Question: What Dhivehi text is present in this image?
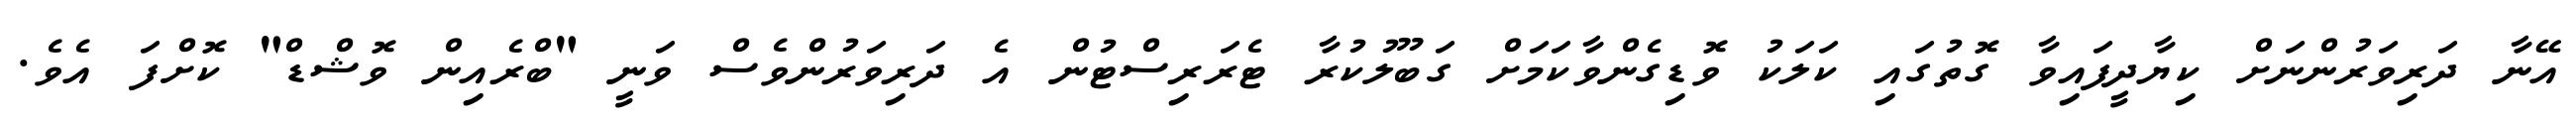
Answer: އޭނާ ދަރިވަރުންނަށް ކިޔާދީފައިވާ ގޮތުގައި ކަލަކު ވޮޑިގެންވާކަމަށް ގަބޫލުކުރާ ޓެރަރިސްޓުން އެ ދަރިވަރުންވެސް ވަނީ "ބްރެއިން ވޮޝްޑް" ކޮށްފަ އެވެ.